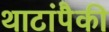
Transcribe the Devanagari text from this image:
थाटांपैकी